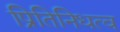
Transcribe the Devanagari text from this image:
प्रितिनिधत्व